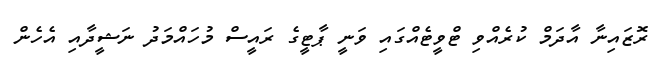
ރޮޒައިނާ އާދަމް ކުރެއްވި ޓްވީޓެއްގައި ވަނީ ޕާޓީގެ ރައީސް މުހައްމަދު ނަޝީދާއި އެހެން